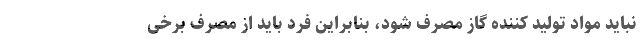
نباید مواد تولید کننده گاز مصرف شود، بنابراین فرد باید از مصرف برخی